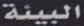
البيئة